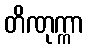
တိဏုက္ကာ